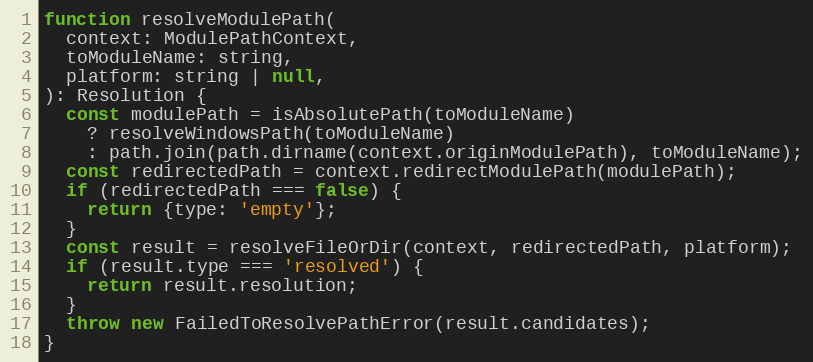
Language: JavaScript
function resolveModulePath(
  context: ModulePathContext,
  toModuleName: string,
  platform: string | null,
): Resolution {
  const modulePath = isAbsolutePath(toModuleName)
    ? resolveWindowsPath(toModuleName)
    : path.join(path.dirname(context.originModulePath), toModuleName);
  const redirectedPath = context.redirectModulePath(modulePath);
  if (redirectedPath === false) {
    return {type: 'empty'};
  }
  const result = resolveFileOrDir(context, redirectedPath, platform);
  if (result.type === 'resolved') {
    return result.resolution;
  }
  throw new FailedToResolvePathError(result.candidates);
}